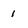
Character: 1